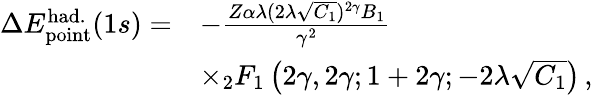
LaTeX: \begin{array}{rl}{\Delta{E}_{\mathrm{point}}^{\mathrm{had.}}(1s)=}&{-\frac{Z\alpha\lambda(2\lambda\sqrt{C_{1}})^{2\gamma}B_{1}}{\gamma^{2}}}\\ &{\times_{2}F_{1}\left(2\gamma,2\gamma;1+2\gamma;-2\lambda\sqrt{C_{1}}\right)\, ,}\end{array}